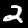
Label: 2